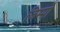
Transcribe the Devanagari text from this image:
जिम्पो